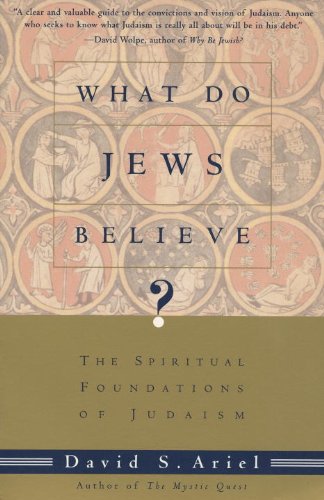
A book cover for What Do Jews Believe?: The Spiritual Foundations of Judaism; David Ariel; Religion & Spirituality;